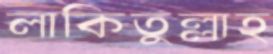
লাকিতুল্লাহ